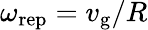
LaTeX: \omega_{\mathrm{rep}}=v_{\mathrm{g}}/R